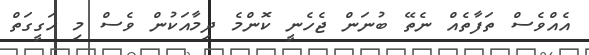
އެއްވެސް ތަފާތެއް ނެތޭ ބުނަން ޖެހެނީ ކޮންމެ ދިމާއަކުން ވެސް މި ހަގީގަތް